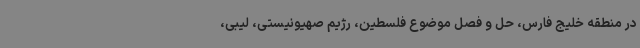
در منطقه خلیج فارس، حل و فصل موضوع فلسطین، رژیم صهیونیستی، لیبی،